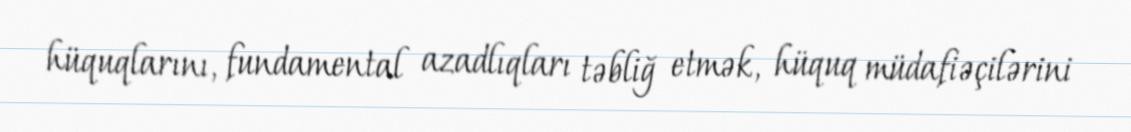
hüquqlarını, fundamental azadlıqları təbliğ etmək, hüquq müdafiəçilərini